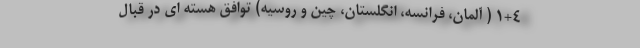
۱+۴ ( آلمان، فرانسه، انگلستان، چین و روسیه) توافق هسته ای در قبال